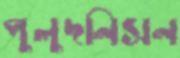
পুলুদনিসন